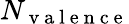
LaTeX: N_{\mathrm{~v~a~l~e~n~c~e~}}